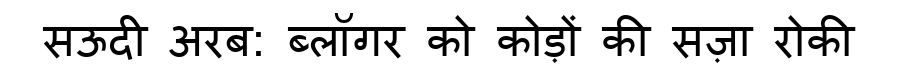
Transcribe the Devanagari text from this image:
सऊदी अरब: ब्लॉगर को कोड़ों की सज़ा रोकी